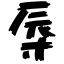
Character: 辱